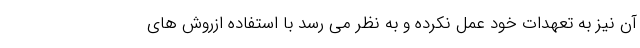
آن نیز به تعهدات خود عمل نکرده و به نظر می رسد با استفاده ازروش های